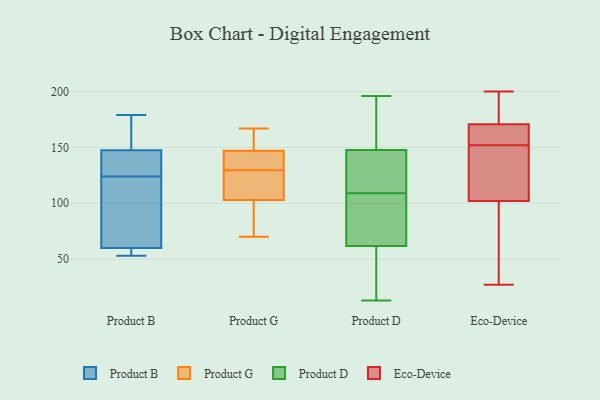
{"axis": {"x": "Page Views", "y": "Value"}, "legend": ["Eco-Device", "Product B", "Product D", "Product G"], "data": [{"x": "", "y": 131, "type": "Product B"}, {"x": "", "y": 53, "type": "Product B"}, {"x": "", "y": 149, "type": "Product B"}, {"x": "", "y": 147, "type": "Product B"}, {"x": "", "y": 56, "type": "Product B"}, {"x": "", "y": 179, "type": "Product B"}, {"x": "", "y": 147, "type": "Product B"}, {"x": "", "y": 74, "type": "Product B"}, {"x": "", "y": 158, "type": "Product B"}, {"x": "", "y": 54, "type": "Product B"}, {"x": "", "y": 124, "type": "Product B"}, {"x": "", "y": 101, "type": "Product B"}, {"x": "", "y": 128, "type": "Product B"}, {"x": "", "y": 149, "type": "Product B"}, {"x": "", "y": 72, "type": "Product B"}, {"x": "", "y": 61, "type": "Product B"}, {"x": "", "y": 57, "type": "Product B"}, {"x": "", "y": 70, "type": "Product G"}, {"x": "", "y": 123, "type": "Product G"}, {"x": "", "y": 167, "type": "Product G"}, {"x": "", "y": 131, "type": "Product G"}, {"x": "", "y": 131, "type": "Product G"}, {"x": "", "y": 141, "type": "Product G"}, {"x": "", "y": 132, "type": "Product G"}, {"x": "", "y": 128, "type": "Product G"}, {"x": "", "y": 96, "type": "Product G"}, {"x": "", "y": 79, "type": "Product G"}, {"x": "", "y": 161, "type": "Product G"}, {"x": "", "y": 153, "type": "Product G"}, {"x": "", "y": 85, "type": "Product G"}, {"x": "", "y": 110, "type": "Product G"}, {"x": "", "y": 155, "type": "Product G"}, {"x": "", "y": 114, "type": "Product G"}, {"x": "", "y": 110, "type": "Product D"}, {"x": "", "y": 112, "type": "Product D"}, {"x": "", "y": 69, "type": "Product D"}, {"x": "", "y": 146, "type": "Product D"}, {"x": "", "y": 40, "type": "Product D"}, {"x": "", "y": 109, "type": "Product D"}, {"x": "", "y": 153, "type": "Product D"}, {"x": "", "y": 13, "type": "Product D"}, {"x": "", "y": 109, "type": "Product D"}, {"x": "", "y": 75, "type": "Product D"}, {"x": "", "y": 196, "type": "Product D"}, {"x": "", "y": 159, "type": "Product D"}, {"x": "", "y": 167, "type": "Product D"}, {"x": "", "y": 19, "type": "Product D"}, {"x": "", "y": 40, "type": "Product D"}, {"x": "", "y": 69, "type": "Product D"}, {"x": "", "y": 76, "type": "Product D"}, {"x": "", "y": 171, "type": "Eco-Device"}, {"x": "", "y": 200, "type": "Eco-Device"}, {"x": "", "y": 112, "type": "Eco-Device"}, {"x": "", "y": 100, "type": "Eco-Device"}, {"x": "", "y": 152, "type": "Eco-Device"}, {"x": "", "y": 36, "type": "Eco-Device"}, {"x": "", "y": 94, "type": "Eco-Device"}, {"x": "", "y": 155, "type": "Eco-Device"}, {"x": "", "y": 27, "type": "Eco-Device"}, {"x": "", "y": 118, "type": "Eco-Device"}, {"x": "", "y": 108, "type": "Eco-Device"}, {"x": "", "y": 168, "type": "Eco-Device"}, {"x": "", "y": 180, "type": "Eco-Device"}, {"x": "", "y": 170, "type": "Eco-Device"}, {"x": "", "y": 173, "type": "Eco-Device"}]}